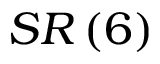
S R \left( 6 \right)